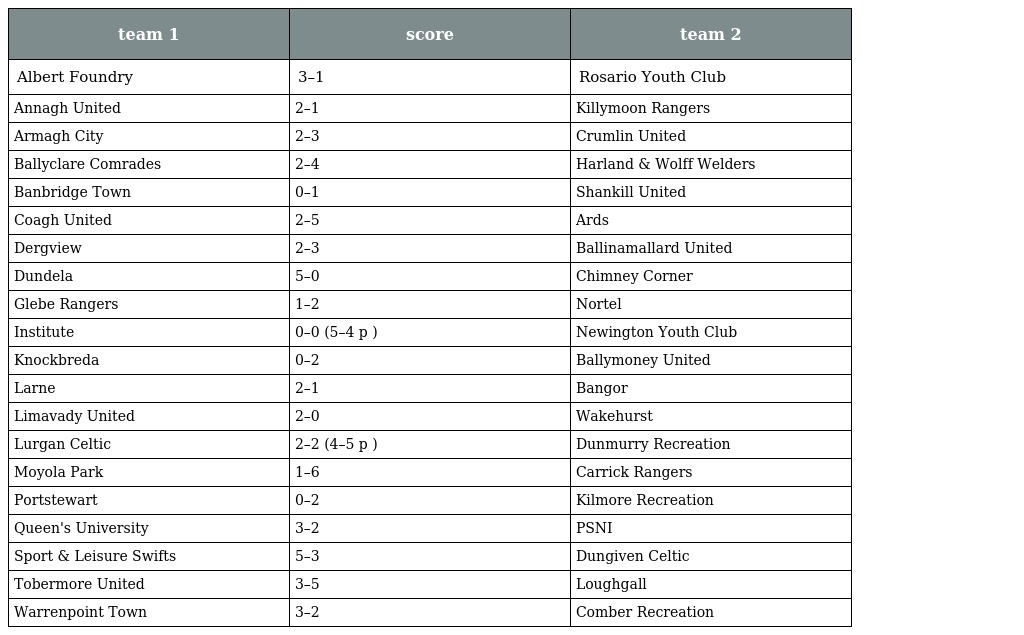
| team 1 | score | team 2 |
 | --- | --- | --- |
 | Albert Foundry | 3–1 | Rosario Youth Club |
 | Annagh United | 2–1 | Killymoon Rangers |
 | Armagh City | 2–3 | Crumlin United |
 | Ballyclare Comrades | 2–4 | Harland & Wolff Welders |
 | Banbridge Town | 0–1 | Shankill United |
 | Coagh United | 2–5 | Ards |
 | Dergview | 2–3 | Ballinamallard United |
 | Dundela | 5–0 | Chimney Corner |
 | Glebe Rangers | 1–2 | Nortel |
 | Institute | 0–0 (5–4 p ) | Newington Youth Club |
 | Knockbreda | 0–2 | Ballymoney United |
 | Larne | 2–1 | Bangor |
 | Limavady United | 2–0 | Wakehurst |
 | Lurgan Celtic | 2–2 (4–5 p ) | Dunmurry Recreation |
 | Moyola Park | 1–6 | Carrick Rangers |
 | Portstewart | 0–2 | Kilmore Recreation |
 | Queen's University | 3–2 | PSNI |
 | Sport & Leisure Swifts | 5–3 | Dungiven Celtic |
 | Tobermore United | 3–5 | Loughgall |
 | Warrenpoint Town | 3–2 | Comber Recreation |